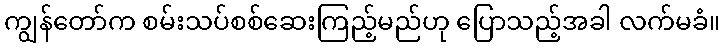
ကျွန်တော်က စမ်းသပ်စစ်ဆေးကြည့်မည်ဟု ပြောသည့်အခါ လက်မခံ။